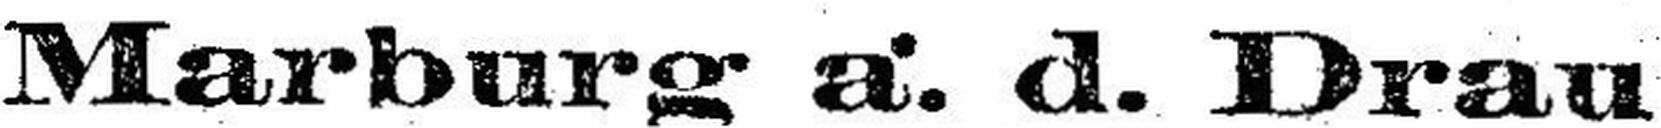
Marburg a. d. Drau